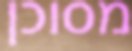
מסוכן